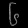
Digit: ၆